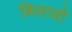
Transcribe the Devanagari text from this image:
बिलावों